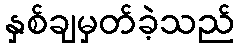
နှစ်ချမှတ်ခဲ့သည်